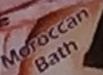
morrocon